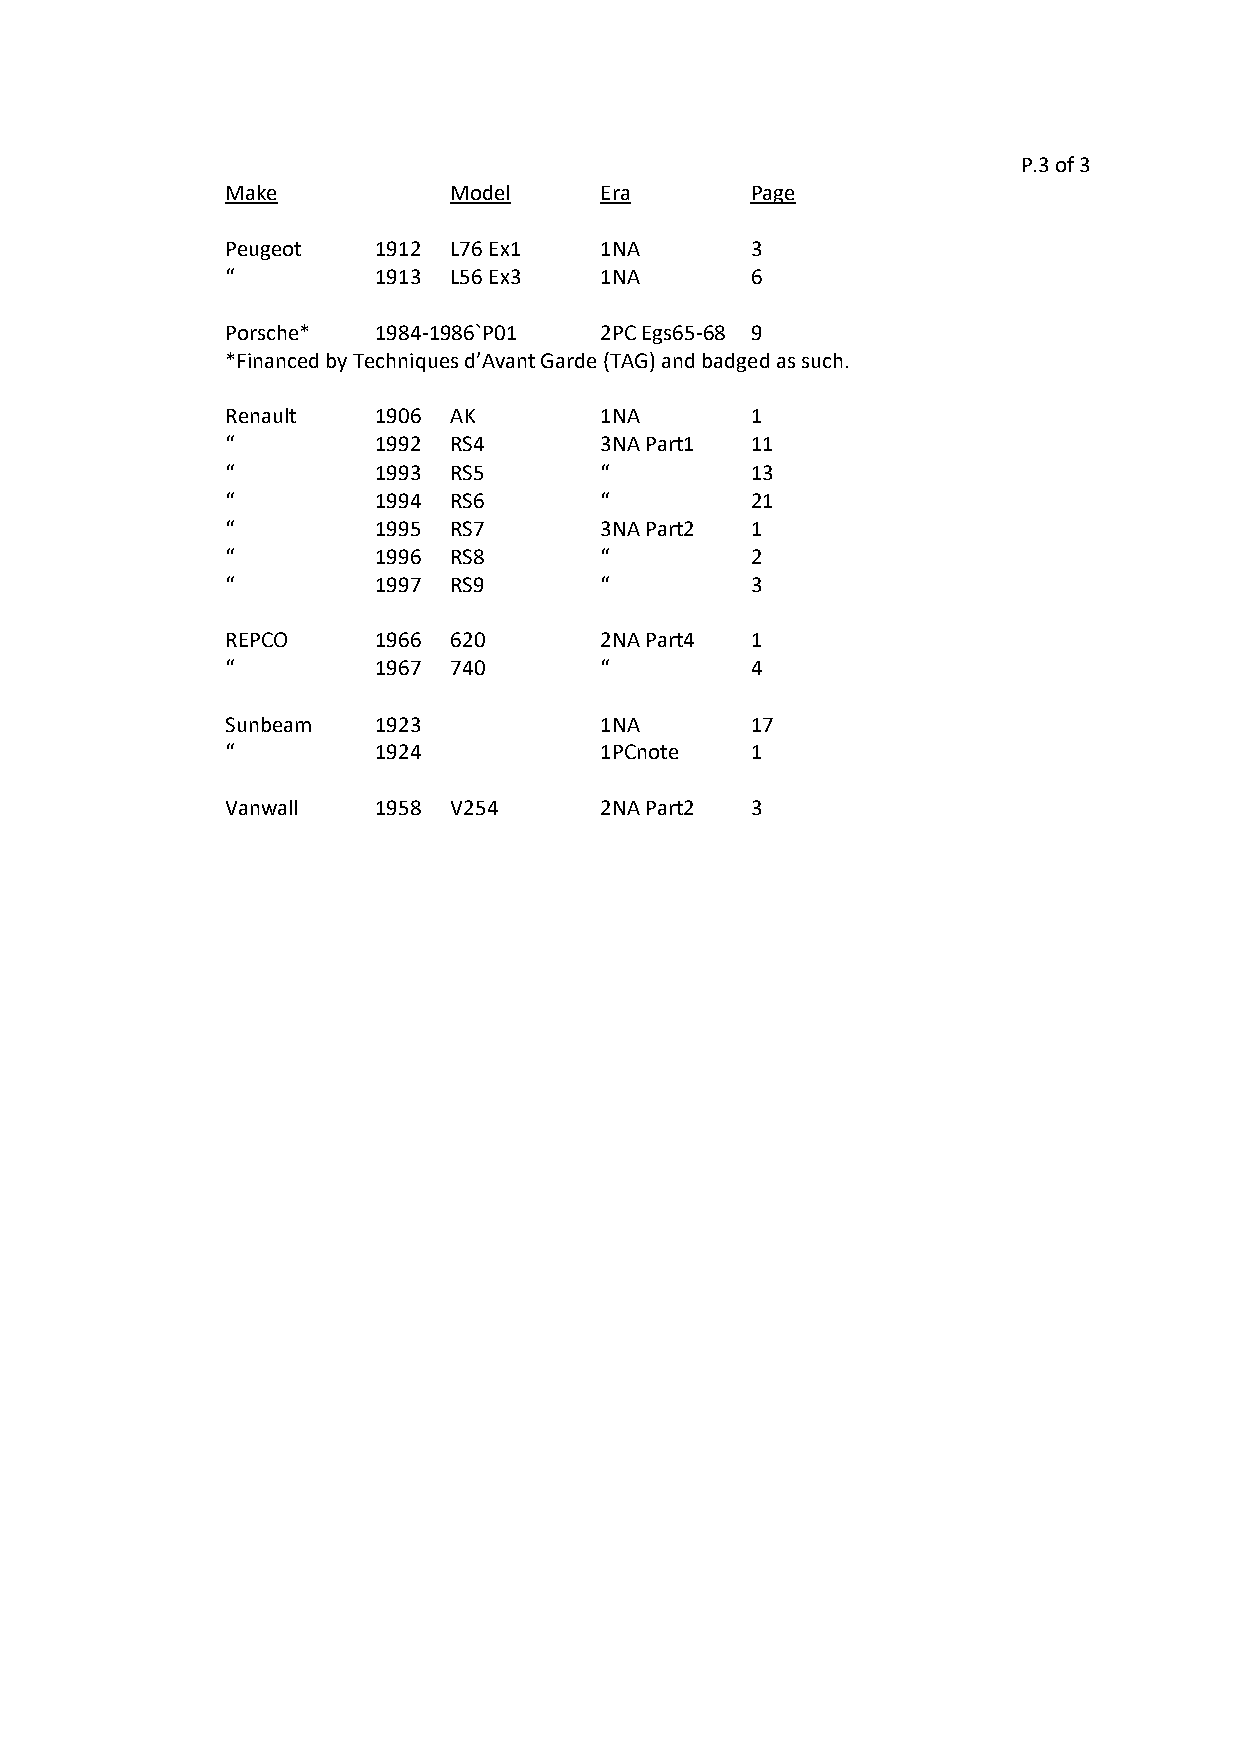
P.3 of 3
 Make           Model     Era       Page
 Peugeot   1912 L76 Ex1   1NA       3
 “         1913 L56 Ex3   1NA       6
 Porsche*  1984-1986`P01  2PC Egs65-68 9
 *Financed by Techniques d’Avant Garde (TAG) and badged as such.
 Renault   1906 AK        1NA       1
 “         1992 RS4       3NA Part1 11
 “         1993 RS5       “         13
 “         1994 RS6       “         21
 “         1995 RS7       3NA Part2 1
 “         1996 RS8       “         2
 “         1997 RS9       “         3
 REPCO     1966 620       2NA Part4 1
 “         1967 740       “         4
 Sunbeam   1923           1NA       17
 “         1924           1PCnote   1
 Vanwall   1958 V254      2NA Part2 3